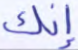
إنك